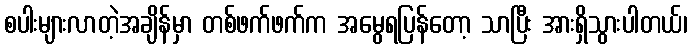
စပါးများလာတဲ့အချိန်မှာ တစ်ဖက်ဖက်က အမွေရပြန်တော့ သာပြီး အားရှိသွားပါတယ်၊